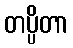
တပ္ပိတာ